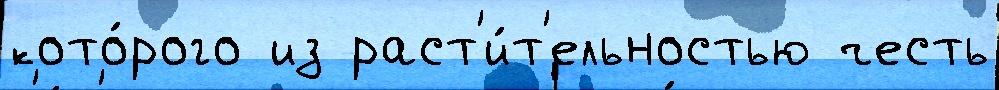
кото́рого из раст'и́т'ельностью честь